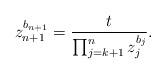
LaTeX: \begin{align*}z_{n+1}^{b_{n+1}}= \frac{t}{\prod_{j= k+1}^n z_j^{b_j}}. \end{align*}